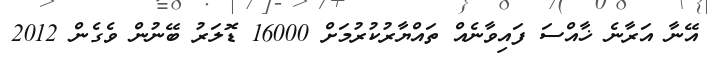
އޭނާ އަރާނެ ޚާއްސަ ފައިވާނެއް ތައްޔާރުކުރުމަށް 16000 ޑޮލަރު ބޭނުން ވެގެން 2012